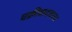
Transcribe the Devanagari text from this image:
चक्रीवादळाचा